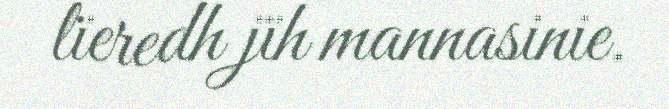
lïeredh jïh mannasinie.